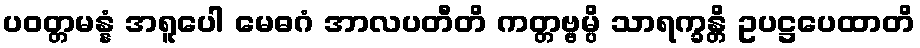
ပဝတ္တမန္နံ အရူပေါ မေဓဂံ အာလပတီတိ ကတ္တဗ္ဗမ္ပိ သာရက္ခန္တိ ဥပဋ္ဌပေထာတိ